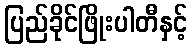
ပြည်ခိုင်ဖြိုးပါတီနှင့်